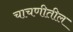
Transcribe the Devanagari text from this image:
चाचणीतील